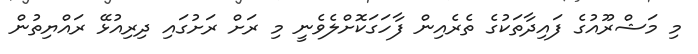
މި މަޝްރޫއުގެ ފައިދާތަކުގެ ތެރެއިން ފާހަގަކޮށްލެވެނީ މި ރަށް ރަށުގައި ދިރިއުޅޭ ރައްޔިތުން